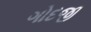
ગોદજી